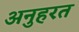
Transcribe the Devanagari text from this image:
अनुहरत